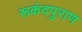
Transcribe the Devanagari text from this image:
रूकंदपुराण